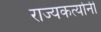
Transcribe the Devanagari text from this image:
राज्यकर्त्यानी